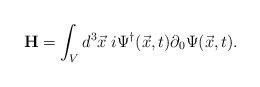
LaTeX: \begin{align*}{\bf H}=\int_{V}d^3{\vec x}\;i\Psi^{\dag}(\vec x,t)\partial_0\Psi(\vec x,t). \end{align*}